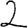
Digit: 2